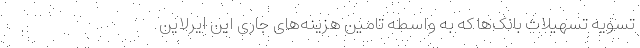
تسویه تسهیلات بانک‌ها که به واسطه تامین هزینه‌های جاری این ایرلاین